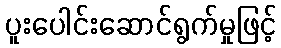
ပူးပေါင်းဆောင်ရွက်မှုဖြင့်